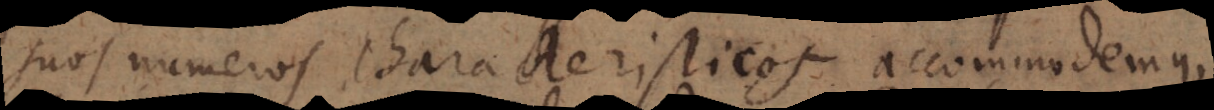
suos numeros characteristicos accommodemus,